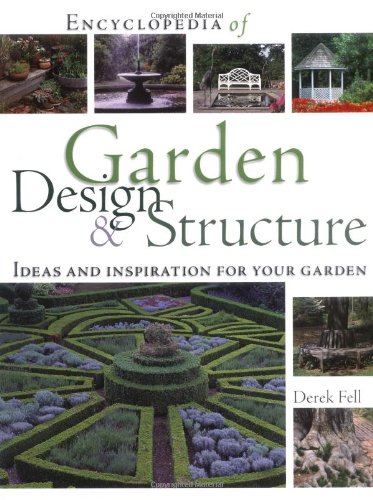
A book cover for Encyclopedia of Garden Design and Structure: Ideas and Inspiration for Your Garden; Derek Fell; Crafts, Hobbies & Home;